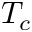
T _ { c }